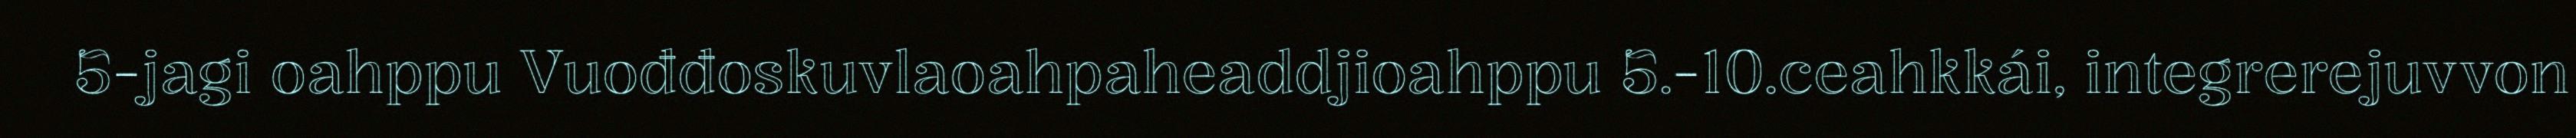
5-jagi oahppu Vuođđoskuvlaoahpaheaddjioahppu 5.-10.ceahkkái, integrerejuvvon